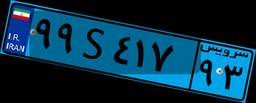
۷۱S۸۰۴۸۴